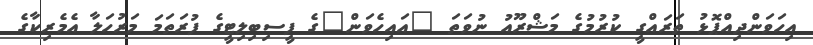
އިހަވަންދިއްޕޮޅު ތަރައްގީ ކުރުމުގެ މަޝްރޫއު ނުވަތަ "އައިހެވަން"ގެ ފީސިބިލިޓީގެ ފުރަތަމަ މަރުހަލާ އެމެރިކާގެ